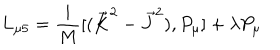
L _ { \mu 5 } = \frac { i } { M } [ ( { \overrightarrow { K } } ^ { 2 } - { \overrightarrow { J } } ^ { 2 } ) , P _ { \mu } ] + \lambda P _ { \mu }